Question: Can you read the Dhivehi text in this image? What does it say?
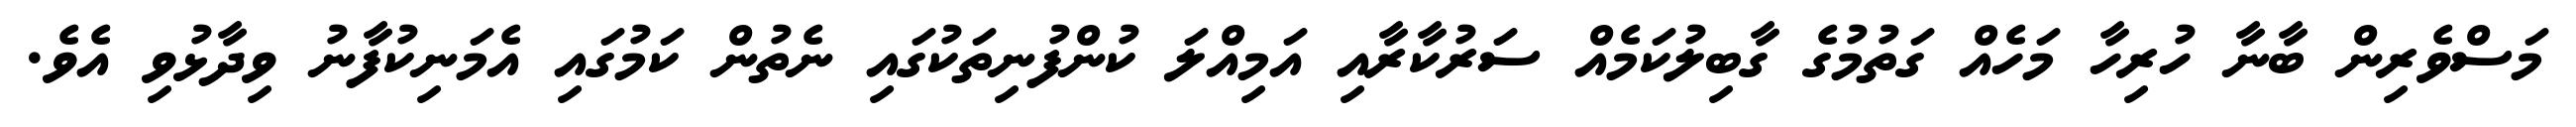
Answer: މަސްވެރިން ބާނާ ހުރިހާ މަހެއް ގަތުމުގެ ގާބިލުކަމެއް ސަރުކާރާއި އަމިއްލަ ކުންފުނިތަކުގައި ނެތުން ކަމުގައި އެމަނިކުފާނު ވިދާޅުވި އެވެ.